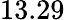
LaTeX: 13.29